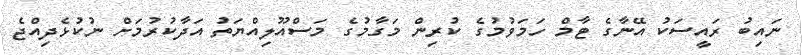
ނައިބު ރައީސަކު އޭނާގެ ޓާމް ހަމަވުމުގެ ކުރިން މަގާމުގެ މަސްއޫލިއްޔަތު އަދާކުރުމަށް ނުކުޅެދިއްޖެ